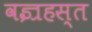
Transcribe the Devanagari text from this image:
वज्रहस्त